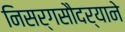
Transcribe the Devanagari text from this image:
निसर्गसौदर्याने